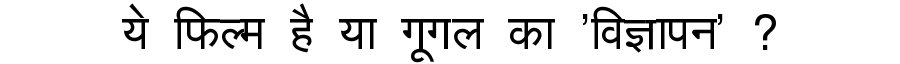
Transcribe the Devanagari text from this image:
ये फिल्म है या गूगल का 'विज्ञापन' ?